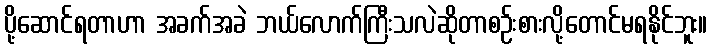
ပို့ဆောင်ရတာဟာ အခက်အခဲ ဘယ်လောက်ကြီးသလဲဆိုတာစဉ်းစားလို့တောင်မရနိုင်ဘူး။